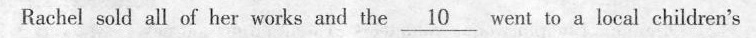
Rachel sold all of her works and the _10_ went to a local children's